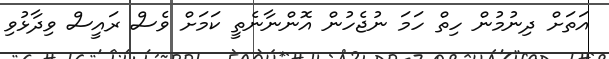
އަތަށް ދިނުމުން ހިތް ހަމަ ނުޖެހުން އޮންނާނެތީ ކަމަށް ވެސް ރައީސް ވިދާޅުވި